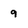
Character: 9